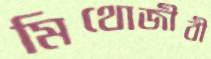
মিথোজীবী